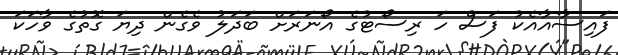
ފައިސާއާއެކު ފަސް ހަ ރިސޯޓުގެ އޯނަރަށް ބަދަލު ވެގެން ދިޔަ ގޮތުގެ ވާހަކަ